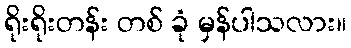
ရိုးရိုးတန်း တစ် ခုံ မှန်ပါသလား။